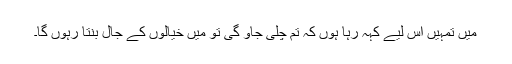
میں تمہیں اس لیے کہہ رہا ہوں کہ تم چلی جاؤ گی تو میں خیالوں کے جال بنتا رہوں گا۔